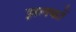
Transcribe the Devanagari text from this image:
झलकों